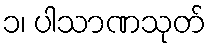
၁၊ ပါသာဏသုတ်